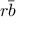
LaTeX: r { \bar { b } }